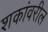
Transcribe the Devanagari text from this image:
शकांवरील